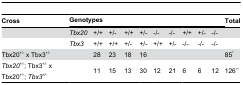
<table><thead><tr><td><b>Cross</b></td><td colspan="10"><b>Genotypes</b></td><td><b>Total</b></td></tr></thead><tbody><tr><td></td><td><i>Tbx20</i></td><td>+/+</td><td>+/-</td><td>+/+</td><td>+/-</td><td>-/-</td><td>-/-</td><td>+/+</td><td>+/-</td><td>-/-</td><td></td></tr><tr><td></td><td><i>Tbx3</i></td><td>+/+</td><td>+/+</td><td>+/-</td><td>+/-</td><td>+/+</td><td>+/-</td><td>-/-</td><td>-/-</td><td>-/-</td><td></td></tr><tr><td>Tbx20<sup>+/-</sup> x Tbx3<sup>+/-</sup></td><td></td><td>28</td><td>23</td><td>18</td><td>16</td><td></td><td></td><td></td><td></td><td></td><td>85*</td></tr><tr><td><i>Tbx20</i><sup><i>+/-</i></sup>; Tbx3<sup>+/-</sup> x Tbx20<sup>+/-</sup>; <i>Tbx3</i><sup><i>+/-</i></sup></td><td></td><td>11</td><td>15</td><td>13</td><td>30</td><td>12</td><td>21</td><td>6</td><td>6</td><td>12</td><td>126**</td></tr></tbody></table>